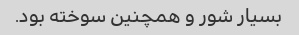
بسیار شور و همچنین سوخته بود.